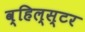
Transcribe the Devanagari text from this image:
व्हिल्स्टर